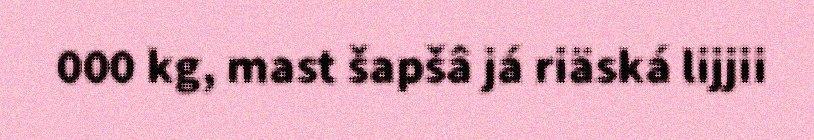
000 kg, mast šapšâ já riäská lijjii